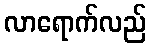
လာရောက်လည်